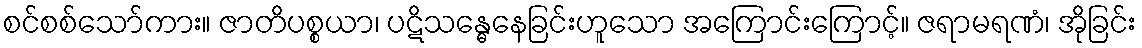
စင်စစ်သော်ကား။ ဇာတိပစ္စယာ၊ ပဋိသန္ဓေနေခြင်းဟူသော အကြောင်းကြောင့်။ ဇရာမရဏံ၊ အိုခြင်း